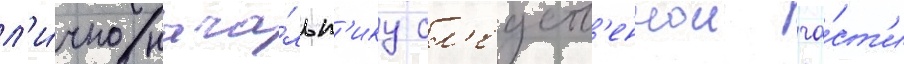
л'и́чно нача́льн'ику сл'едств'еннои ча́ст'и